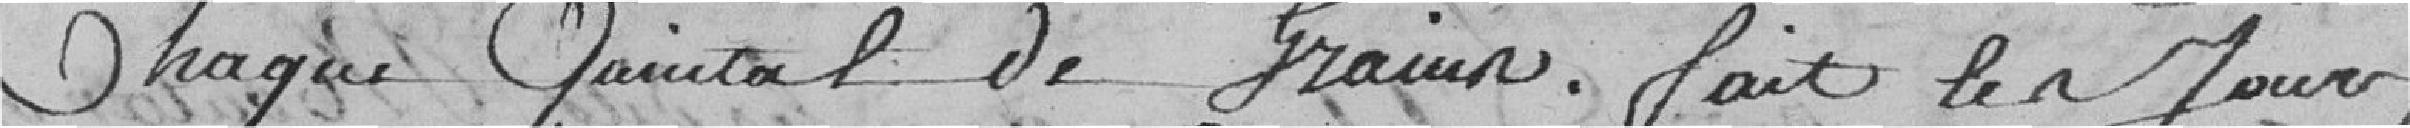
chaque quintal de grains. Fait les jours,